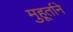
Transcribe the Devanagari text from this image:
मुहूर्ताने